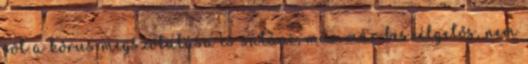
sőt a kórus megszólalása is sátáni, már-már beszélgetős, nem